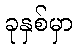
ခုနှစ်မှာ